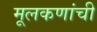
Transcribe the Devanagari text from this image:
मूलकणांची